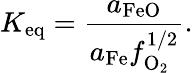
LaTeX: K_{\mathrm{eq}}=\frac{a_{\mathrm{FeO}}}{a_{\mathrm{Fe}}f_{\mathrm{O_{2}}}^{1/2}}.